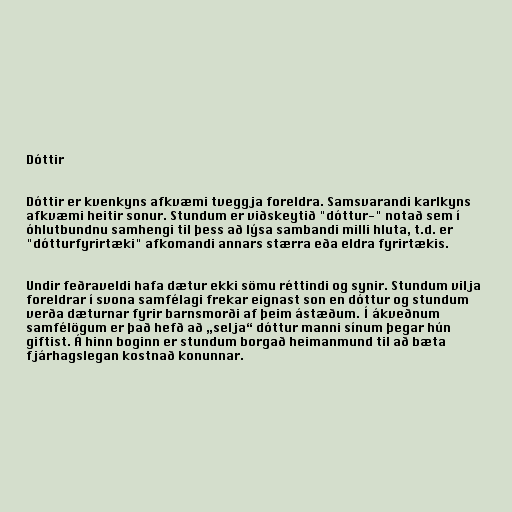
Dóttir

Dóttir er kvenkyns afkvæmi tveggja foreldra. Samsvarandi karlkyns
afkvæmi heitir sonur. Stundum er viðskeytið "dóttur-" notað sem í
óhlutbundnu samhengi til þess að lýsa sambandi milli hluta, t.d. er
"dótturfyrirtæki" afkomandi annars stærra eða eldra fyrirtækis.

Undir feðraveldi hafa dætur ekki sömu réttindi og synir. Stundum vilja
foreldrar í svona samfélagi frekar eignast son en dóttur og stundum
verða dæturnar fyrir barnsmorði af þeim ástæðum. Í ákveðnum
samfélögum er það hefð að „selja“ dóttur manni sínum þegar hún
giftist. Á hinn boginn er stundum borgað heimanmund til að bæta
fjárhagslegan kostnað konunnar.